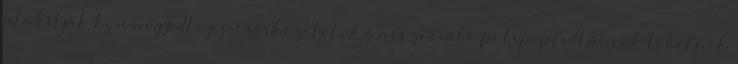
alakítják ki a negyedleges szerkezetet. Az asszociáló polipeptidláncok lehetnek